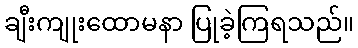
ချီးကျုးထောမနာ ပြုခဲ့ကြရသည်။